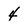
Character: 4